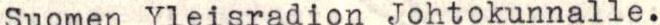
Suomen Yleisradion Johtokunnalle.